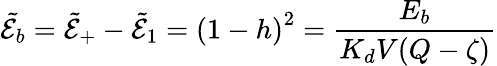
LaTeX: \tilde{\mathcal{E}_{b}}=\tilde{\mathcal{E}}_{+}-\tilde{\mathcal{E}}_{1}=\left(1-h\right)^{2}=\frac{E_{b}}{K_{d}V(Q-\zeta)}